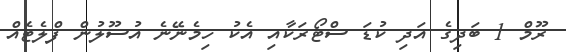
ރޫމް 1 ބަދިގެ އަދި ކުޑަ ސްޓޯރަކާއި އެކު ހިމެނޭނެ އުސޫލުން ފްލެޓެއް